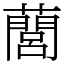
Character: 䕡